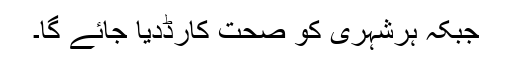
جبکہ ہرشہری کو صحت کارڈدیا جائے گا۔